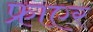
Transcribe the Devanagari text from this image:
फ्राएर